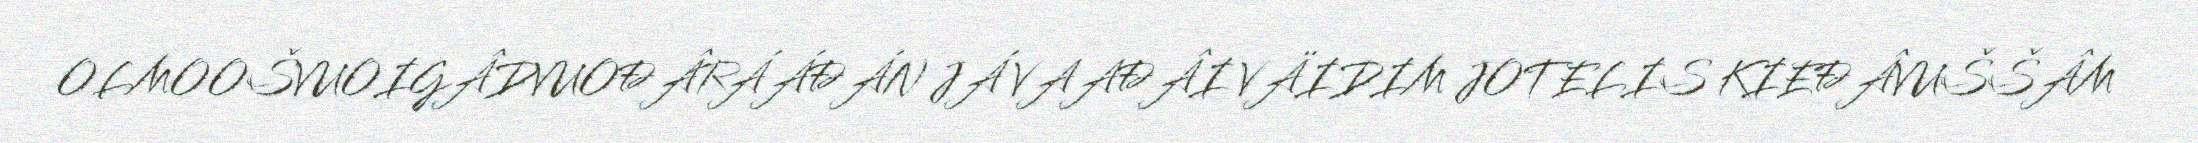
OLMOOŠVUOIGÂDVUOĐÂRÁÁĐÁN JÁ VAAĐÂI VÄIDIM JOTELIS KIEĐÂVUŠŠÂM